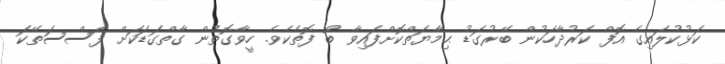
ކަޅުކުލައިގެ އޮފް ކަރުދާހަކުން ބޭރުގަޑު ޙިމާޔަތްކޮށްފައިވާ ބޯ ފޮތެކެވެ. ހީވާގޮތުން ގާތްގަޑަކަށް ފަސްސަތޭކަ